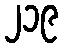
၂၁၉